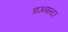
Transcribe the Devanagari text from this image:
डाउनइस्टर